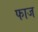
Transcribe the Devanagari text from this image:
फाज